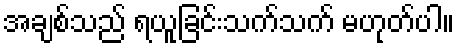
အချစ်သည် ရယူခြင်းသက်သက် မဟုတ်ပါ။